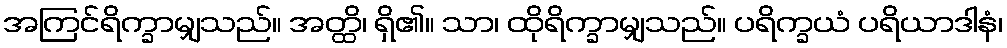
အကြင်ရိက္ခာမျှသည်။ အတ္ထိ၊ ရှိ၏။ သာ၊ ထိုရိက္ခာမျှသည်။ ပရိက္ခယံ ပရိယာဒါနံ၊